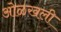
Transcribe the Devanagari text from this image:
ओ़ळखली